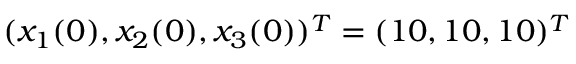
( x _ { 1 } ( 0 ) , x _ { 2 } ( 0 ) , x _ { 3 } ( 0 ) ) ^ { T } = ( 1 0 , 1 0 , 1 0 ) ^ { T }